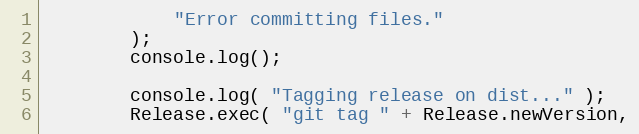
Language: JavaScript
			"Error committing files."
		);
		console.log();

		console.log( "Tagging release on dist..." );
		Release.exec( "git tag " + Release.newVersion,